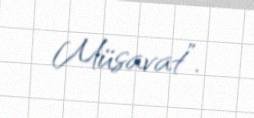
Müsavat”.